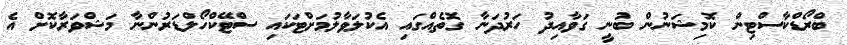
ބްރޯޑްކާސްޓިން ކޮމިޝަނުން ބުނީ ގަވާއިދު ހަރުދަނާ ގޮތެއްގައި އެކުލަވާލުމަށްޓަކައި ސްޓޭކްހޯލްޑަރުންނާ މަޝްވަރާކޮށް އެ